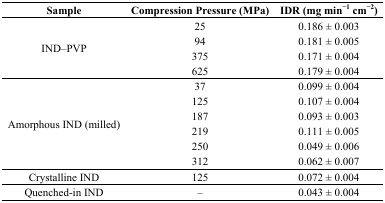
<table><thead><tr><td><b>Sample</b></td><td><b>Compression Pressure (MPa)</b></td><td><b>IDR (mg min<sup>−1</sup> cm<sup>−2</sup>)</b></td></tr></thead><tbody><tr><td rowspan="4">IND–PVP</td><td>25</td><td>0.186 ± 0.003</td></tr><tr><td>94</td><td>0.181 ± 0.005</td></tr><tr><td>375</td><td>0.171 ± 0.004</td></tr><tr><td>625</td><td>0.179 ± 0.004</td></tr><tr><td rowspan="6">Amorphous IND (milled)</td><td>37</td><td>0.099 ± 0.004</td></tr><tr><td>125</td><td>0.107 ± 0.004</td></tr><tr><td>187</td><td>0.093 ± 0.003</td></tr><tr><td>219</td><td>0.111 ± 0.005</td></tr><tr><td>250</td><td>0.049 ± 0.006</td></tr><tr><td>312</td><td>0.062 ± 0.007</td></tr><tr><td>Crystalline IND</td><td>125</td><td>0.072 ± 0.004</td></tr><tr><td>Quenched-in IND</td><td>–</td><td>0.043 ± 0.004</td></tr></tbody></table>